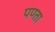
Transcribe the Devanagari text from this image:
पण्ता